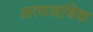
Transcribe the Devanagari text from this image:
अत्यअधिक